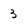
Character: 3